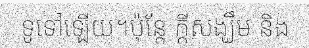
ទូទៅឡើយ។ប៉ុន្តែ ក្តីសង្ឃឹម និង